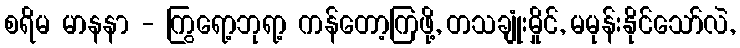
စရိမ မာနနာ - ကြွရော့ဘုရာ့ ကန်တော့ကြဖို့, တသချုံးမှိုင်, မမုန်းနိုင်သော်လဲ,